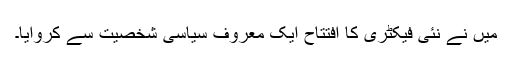
میں نے نئی فیکٹری کا افتتاح ایک معروف سیاسی شخصیت سے کروایا۔